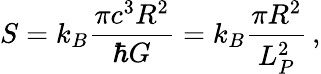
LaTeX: S=k_{B}\frac{\pi c^{3}R^{2}}{\hbar G}=k_{B}\frac{\pi R^{2}}{L_{P}^{2}}\, ,